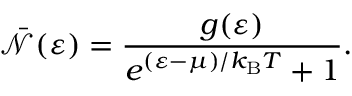
{ \bar { \mathcal { N } } } ( \varepsilon ) = { \frac { g ( \varepsilon ) } { e ^ { ( \varepsilon - \mu ) / k _ { \mathrm { { B } } } T } + 1 } } .